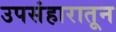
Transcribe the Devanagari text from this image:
उपसंहारातून